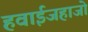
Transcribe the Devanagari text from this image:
हवाईजहाजो